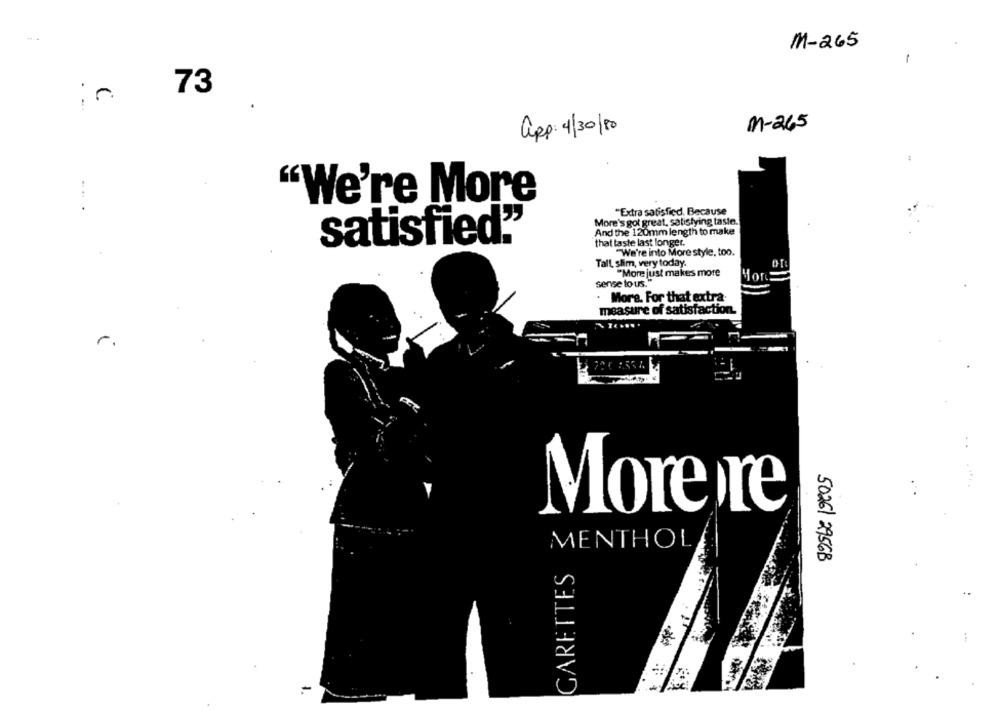
M-265
1
:~ 73
app: 4/30/80
M - 265
"We're More
...
"Extra satisfied. Because
More's got great, satisfying lasle.
And the 120mm length to make
satisfied."
that laste last longer.
"We're into More style, too.
Tall shim, very today.
"More just makes more
Mor
sense to us.
More. For that extra.
measure of satisfaction.
r.
More re
MENTHOL
50261 2956B
GARETTES
=